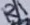
Text: R1